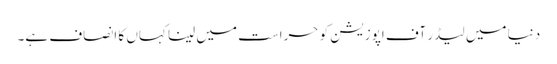
دنیا میں لیڈر آف اپوزیشن کو حراست میں لینا کہاں کا انصاف ہے۔